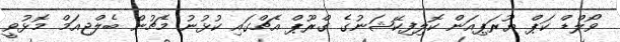
ވޯލްޑް ކަޕް ޔޫރަޕިއަން ކޮލިފިކޭޝަނުގެ ގްރޫޕް އެޗްގައި ކުޅުނު މެޗުން ބެލްޖިއަމް މޮޅުވީ